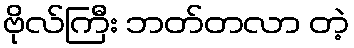
ဗိုလ်ကြီး ဘတ်တလာ တဲ့